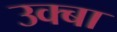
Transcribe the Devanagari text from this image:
उक्बा